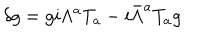
\delta g = g i \Lambda ^ { a } T _ { a } - i \bar { \Lambda } ^ { a } T _ { a } g